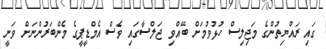
ގައި ރައްޔިތުންގެ މަޖިލިސް ހުޅުވުމަށް ބޭއްވި ޖަލްސާގައި ވެސް އެމްޑީޕީގެ މެންބަރުންނަށް ވަނީ